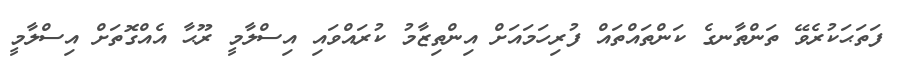
ފަތަޙަކުރެވޭ ތަންތާނގެ ކަންތައްތައް ފުރިހަމައަށް އިންތިޒާމު ކުރައްވައި އިސްލާމީ ރޫޙާ އެއްގޮތަށް އިސްލާމީ